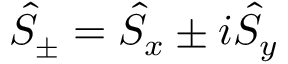
\hat { S } _ { \pm } = \hat { S } _ { x } \pm i \hat { S } _ { y }